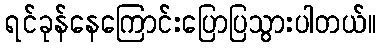
ရင်ခုန်နေကြောင်းပြောပြသွားပါတယ်။